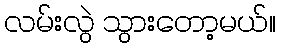
လမ်းလွဲ သွားတော့မယ်။